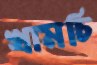
খামচি